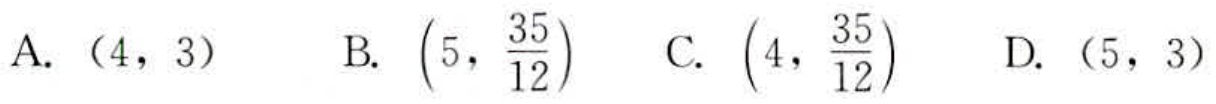
A. \((4,3)\)  B. \(\left(5,\frac{35}{12}\right)\)  C. \(\left(4,\frac{35}{12}\right)\)  D. \((5,3)\)